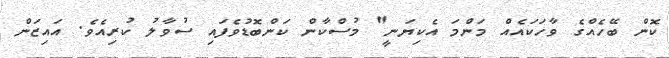
ކޮން ބޭހެއްގެ ވާހަކައެއް މަންމަ އެކިޔަނީ" މުސްކާން ކަންބޮޑުވެފައި ސުވާލު ކުރިއެވެ. އައިޒަން